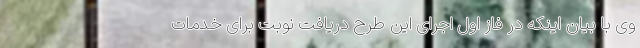
وی با بیان اینکه در فاز اول اجرای این طرح دریافت نوبت برای خدمات